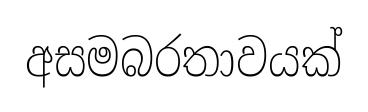
අසමබරතාවයක්